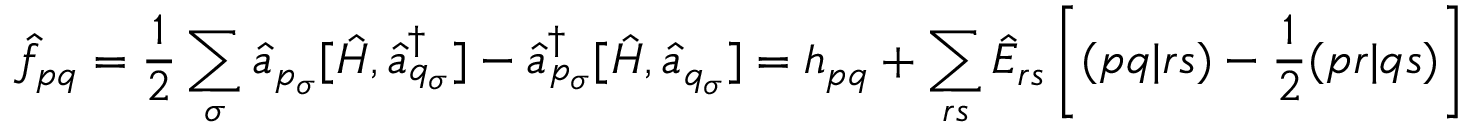
\hat { f } _ { p q } = \frac { 1 } { 2 } \sum _ { \sigma } \hat { a } _ { p _ { \sigma } } [ \hat { H } , \hat { a } _ { q _ { \sigma } } ^ { \dagger } ] - \hat { a } _ { p _ { \sigma } } ^ { \dagger } [ \hat { H } , \hat { a } _ { q _ { \sigma } } ] = h _ { p q } + \sum _ { r s } \hat { E } _ { r s } \left[ ( p q | r s ) - \frac { 1 } { 2 } ( p r | q s ) \right]